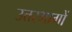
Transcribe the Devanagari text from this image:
उत्तरभागों